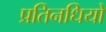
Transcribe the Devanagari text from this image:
प्रतिनधियों